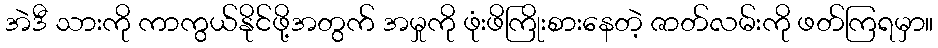
အဲဒီ သားကို ကာကွယ်နိုင်ဖို့အတွက် အမှုကို ဖုံးဖိကြိုးစားနေတဲ့ ဇာတ်လမ်းကို ဖတ်ကြရမှာ။